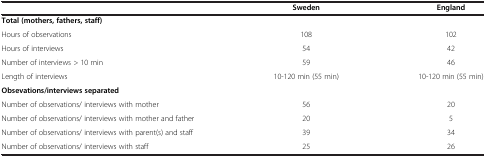
<table><thead><tr><td><b> </b></td><td><b>Sweden</b></td><td><b>England</b></td></tr></thead><tbody><tr><td><b>Total (mothers, fathers, staff)</b></td><td> </td><td> </td></tr><tr><td>Hours of observations</td><td>108</td><td>102</td></tr><tr><td>Hours of interviews</td><td>54</td><td>42</td></tr><tr><td>Number of interviews &gt; 10 min</td><td>59</td><td>46</td></tr><tr><td>Length of interviews</td><td>10-120 min (55 min)</td><td>10-120 min (55 min)</td></tr><tr><td><b>Obsevations/interviews separated</b></td><td> </td><td> </td></tr><tr><td>Number of observations/ interviews with mother</td><td>56</td><td>20</td></tr><tr><td>Number of observations/ interviews with mother and father</td><td>20</td><td>5</td></tr><tr><td>Number of observations/ interviews with parent(s) and staff</td><td>39</td><td>34</td></tr><tr><td>Number of observations/ interviews with staff</td><td>25</td><td>26</td></tr></tbody></table>